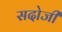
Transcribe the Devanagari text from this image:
सदोजी